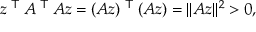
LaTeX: z ^ { \textsf { T } } A ^ { \textsf { T } } A z = ( A z ) ^ { \textsf { T } } ( A z ) = \| A z \| ^ { 2 } > 0 ,